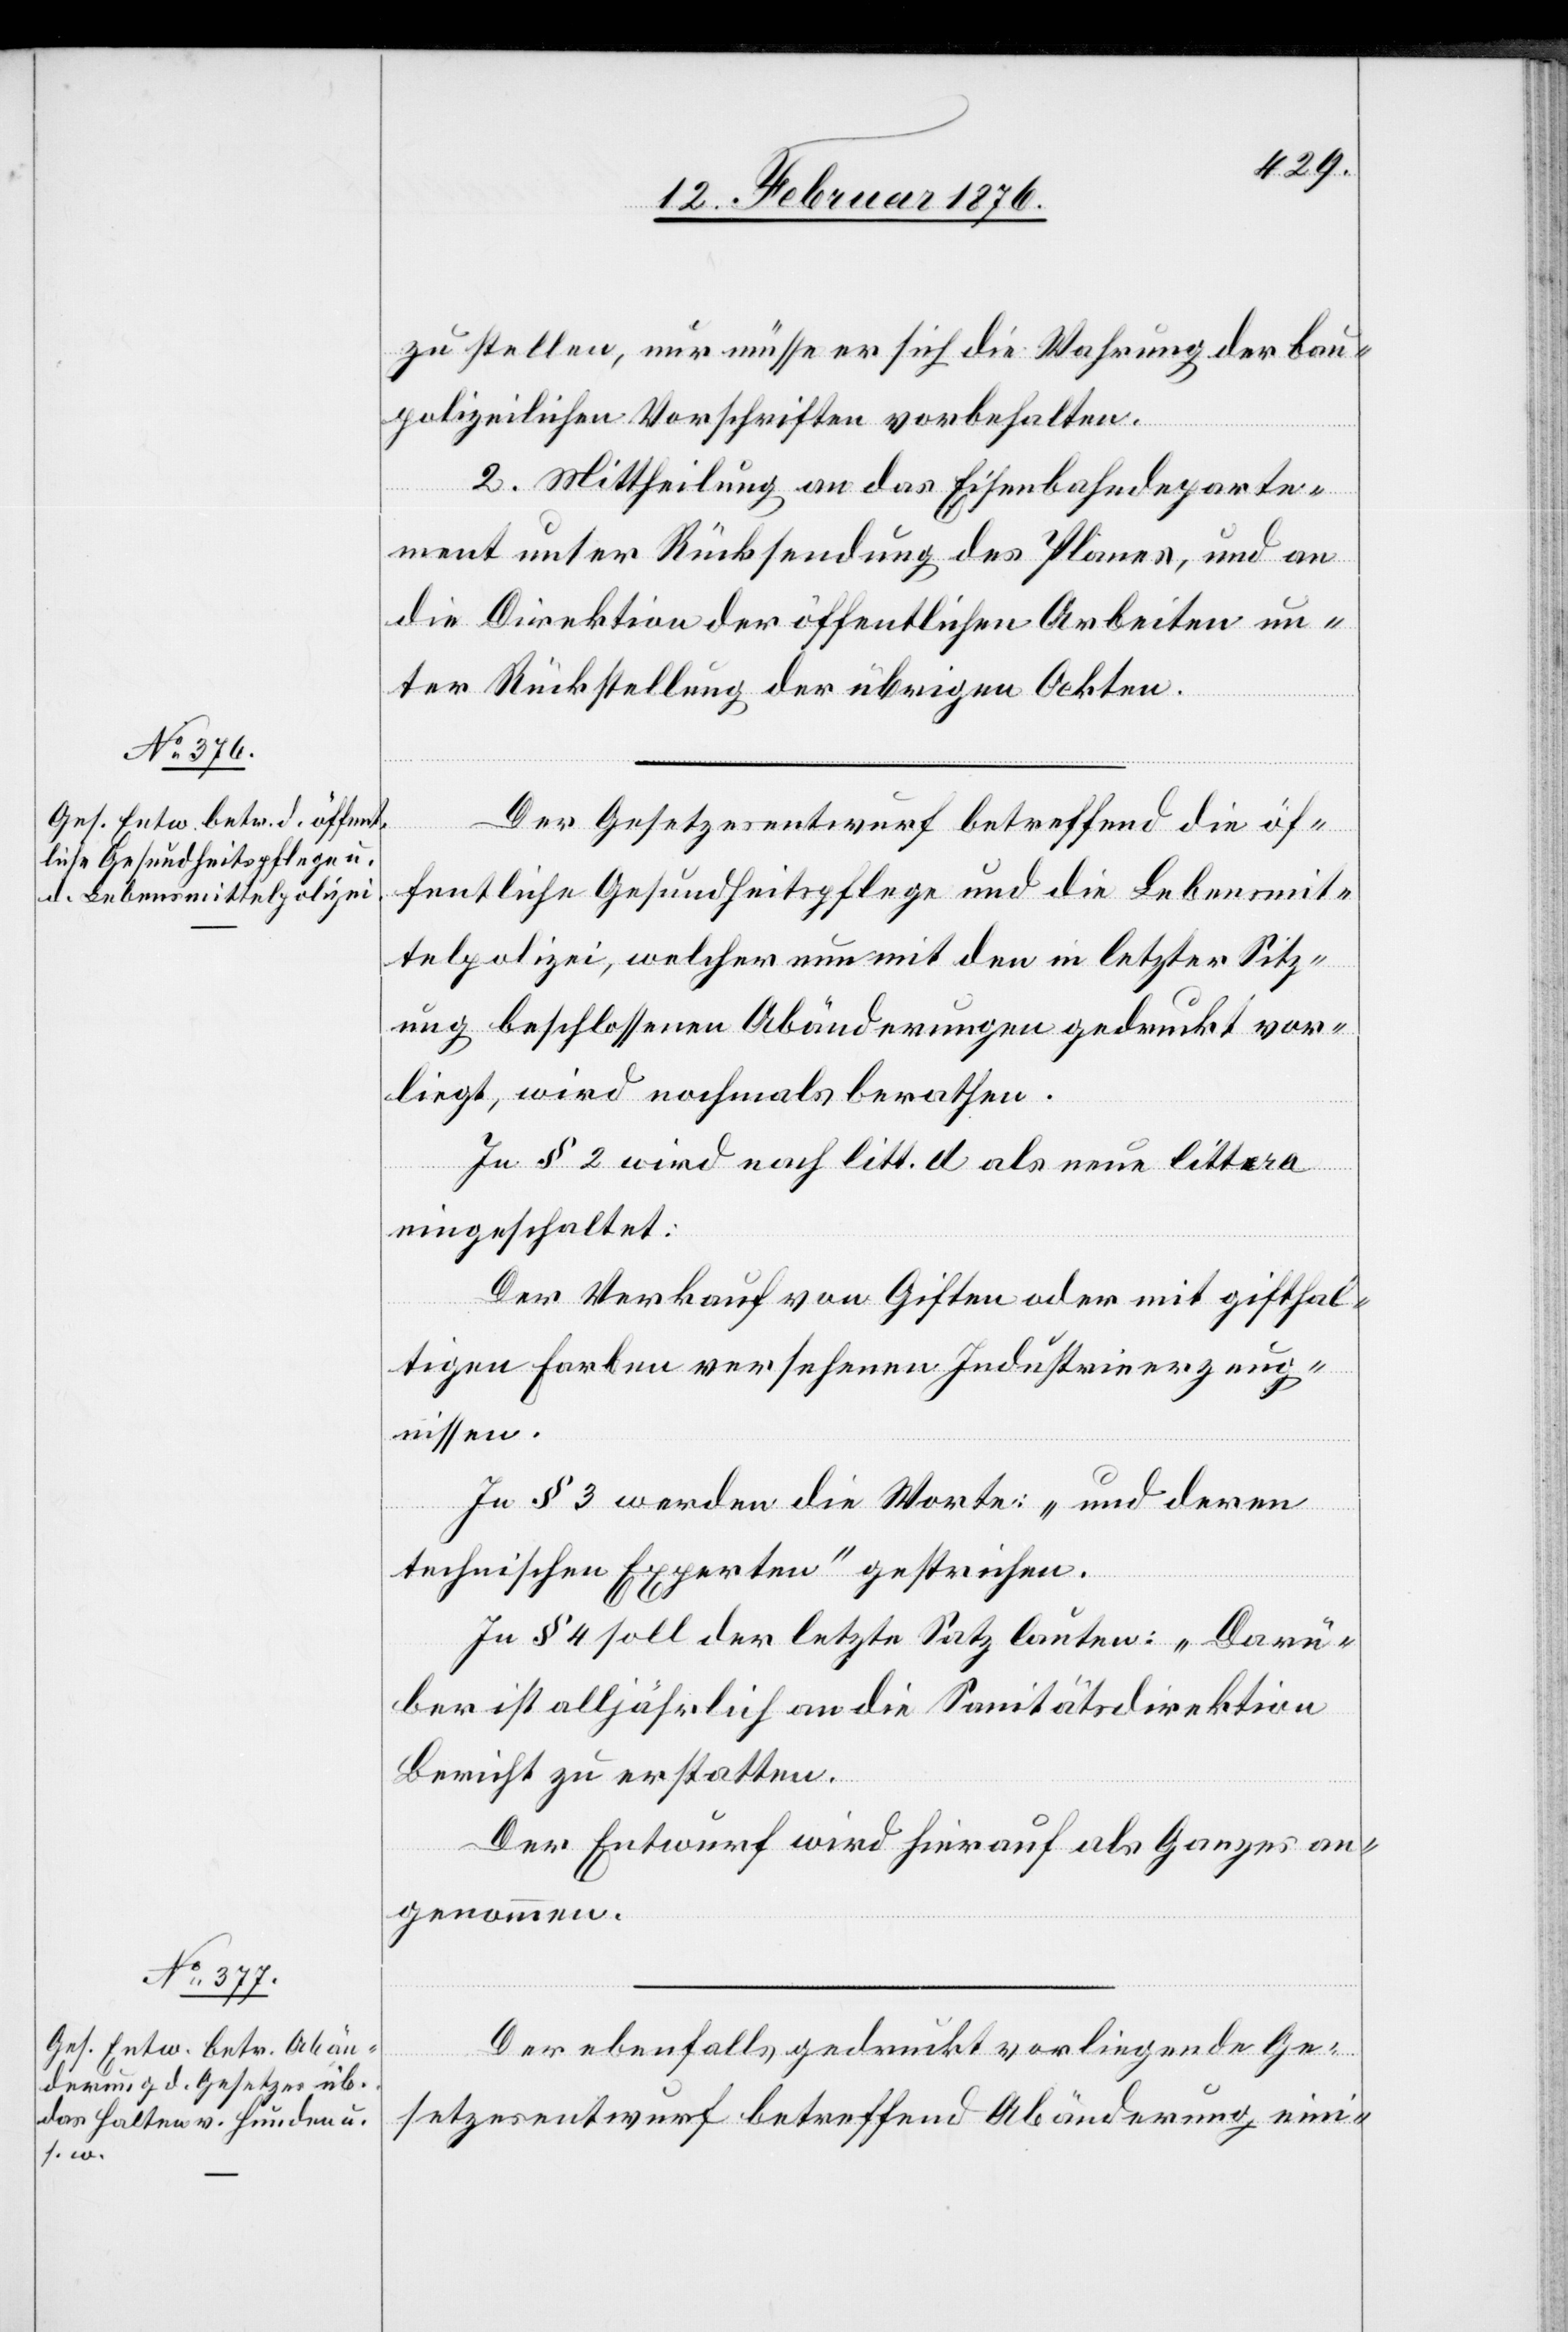
zu stellen, nur müsse er sich die Wahrung der bau¬
polizeilichen Vorschriften vorbehalten.
2. Mittheilung an das Eisenbahndeparte¬
ment unter Rücksendung des Planes, und an
die Direktion der öffentlichen Arbeiten un¬
ter Rückstellung der übrigen Akten.
Der Gesetzesentwurf betreffend die öf¬
fentliche Gesundheitspflege und Lebensmit¬
telpolizei, welcher nun mit den in letzter Sitz¬
ung beschlossenen Abänderungen gedruckt vor¬
liegt, wird nochmals berathen.
In § 2 wird nach litt. d als neue littera
eingeschaltet:
Der Verkauf von Giften oder mit gifthal¬
tigen Farben versehenen Industrieerzeug¬
nissen.
In § 3 werden die Worte: „und deren
technischen Experten“ gestrichen.
In § 4 soll der letzte Satz lauten: „Darü¬
ber ist alljährlich an die Sanitätsdirektion
Bericht zu erstatten.“
Der Entwurf wird hierauf als Ganzes an¬
genommen.
Der ebenfalls gedruckt vorliegende Ge¬
setzesentwurf betreffend Abänderung eini-